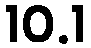
10.1